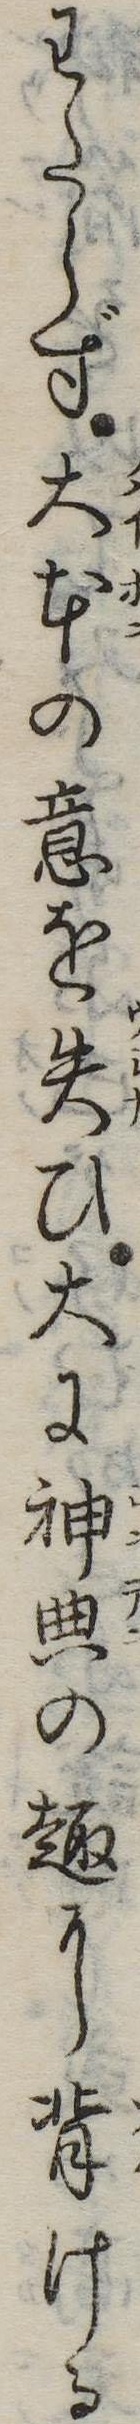
わたらず大本の意を失ひ大に神典の趣に背ける